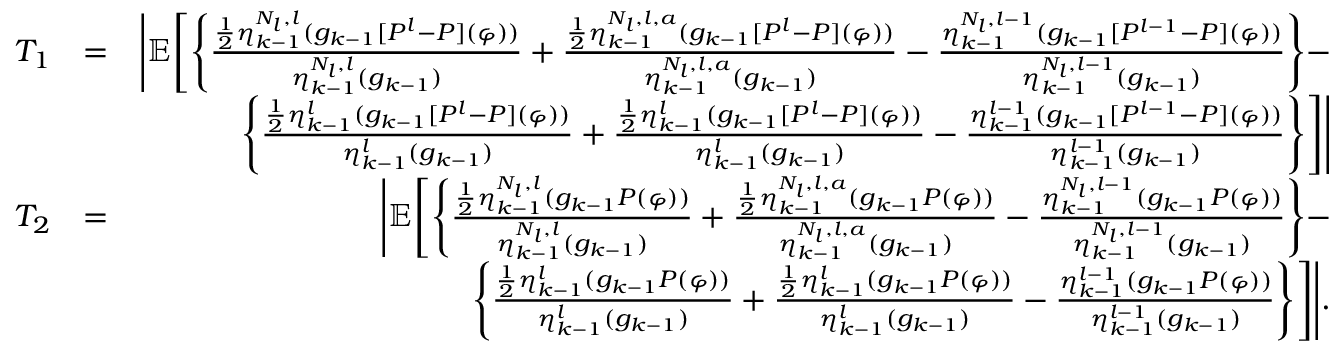
\begin{array} { r l r } { T _ { 1 } } & { = } & { \Bigg | \mathbb { E } \Bigg [ \Bigg \{ \frac { \frac { 1 } { 2 } \eta _ { k - 1 } ^ { N _ { l } , l } ( g _ { k - 1 } [ P ^ { l } - P ] ( \varphi ) ) } { \eta _ { k - 1 } ^ { N _ { l } , l } ( g _ { k - 1 } ) } + \frac { \frac { 1 } { 2 } \eta _ { k - 1 } ^ { N _ { l } , l , a } ( g _ { k - 1 } [ P ^ { l } - P ] ( \varphi ) ) } { \eta _ { k - 1 } ^ { N _ { l } , l , a } ( g _ { k - 1 } ) } - \frac { \eta _ { k - 1 } ^ { N _ { l } , l - 1 } ( g _ { k - 1 } [ P ^ { l - 1 } - P ] ( \varphi ) ) } { \eta _ { k - 1 } ^ { N _ { l } , l - 1 } ( g _ { k - 1 } ) } \Bigg \} - } \\ & { } & { \Bigg \{ \frac { \frac { 1 } { 2 } \eta _ { k - 1 } ^ { l } ( g _ { k - 1 } [ P ^ { l } - P ] ( \varphi ) ) } { \eta _ { k - 1 } ^ { l } ( g _ { k - 1 } ) } + \frac { \frac { 1 } { 2 } \eta _ { k - 1 } ^ { l } ( g _ { k - 1 } [ P ^ { l } - P ] ( \varphi ) ) } { \eta _ { k - 1 } ^ { l } ( g _ { k - 1 } ) } - \frac { \eta _ { k - 1 } ^ { l - 1 } ( g _ { k - 1 } [ P ^ { l - 1 } - P ] ( \varphi ) ) } { \eta _ { k - 1 } ^ { l - 1 } ( g _ { k - 1 } ) } \Bigg \} \Bigg ] \Bigg | } \\ { T _ { 2 } } & { = } & { \Bigg | \mathbb { E } \Bigg [ \Bigg \{ \frac { \frac { 1 } { 2 } \eta _ { k - 1 } ^ { N _ { l } , l } ( g _ { k - 1 } P ( \varphi ) ) } { \eta _ { k - 1 } ^ { N _ { l } , l } ( g _ { k - 1 } ) } + \frac { \frac { 1 } { 2 } \eta _ { k - 1 } ^ { N _ { l } , l , a } ( g _ { k - 1 } P ( \varphi ) ) } { \eta _ { k - 1 } ^ { N _ { l } , l , a } ( g _ { k - 1 } ) } - \frac { \eta _ { k - 1 } ^ { N _ { l } , l - 1 } ( g _ { k - 1 } P ( \varphi ) ) } { \eta _ { k - 1 } ^ { N _ { l } , l - 1 } ( g _ { k - 1 } ) } \Bigg \} - } \\ & { } & { \Bigg \{ \frac { \frac { 1 } { 2 } \eta _ { k - 1 } ^ { l } ( g _ { k - 1 } P ( \varphi ) ) } { \eta _ { k - 1 } ^ { l } ( g _ { k - 1 } ) } + \frac { \frac { 1 } { 2 } \eta _ { k - 1 } ^ { l } ( g _ { k - 1 } P ( \varphi ) ) } { \eta _ { k - 1 } ^ { l } ( g _ { k - 1 } ) } - \frac { \eta _ { k - 1 } ^ { l - 1 } ( g _ { k - 1 } P ( \varphi ) ) } { \eta _ { k - 1 } ^ { l - 1 } ( g _ { k - 1 } ) } \Bigg \} \Bigg ] \Bigg | . } \end{array}